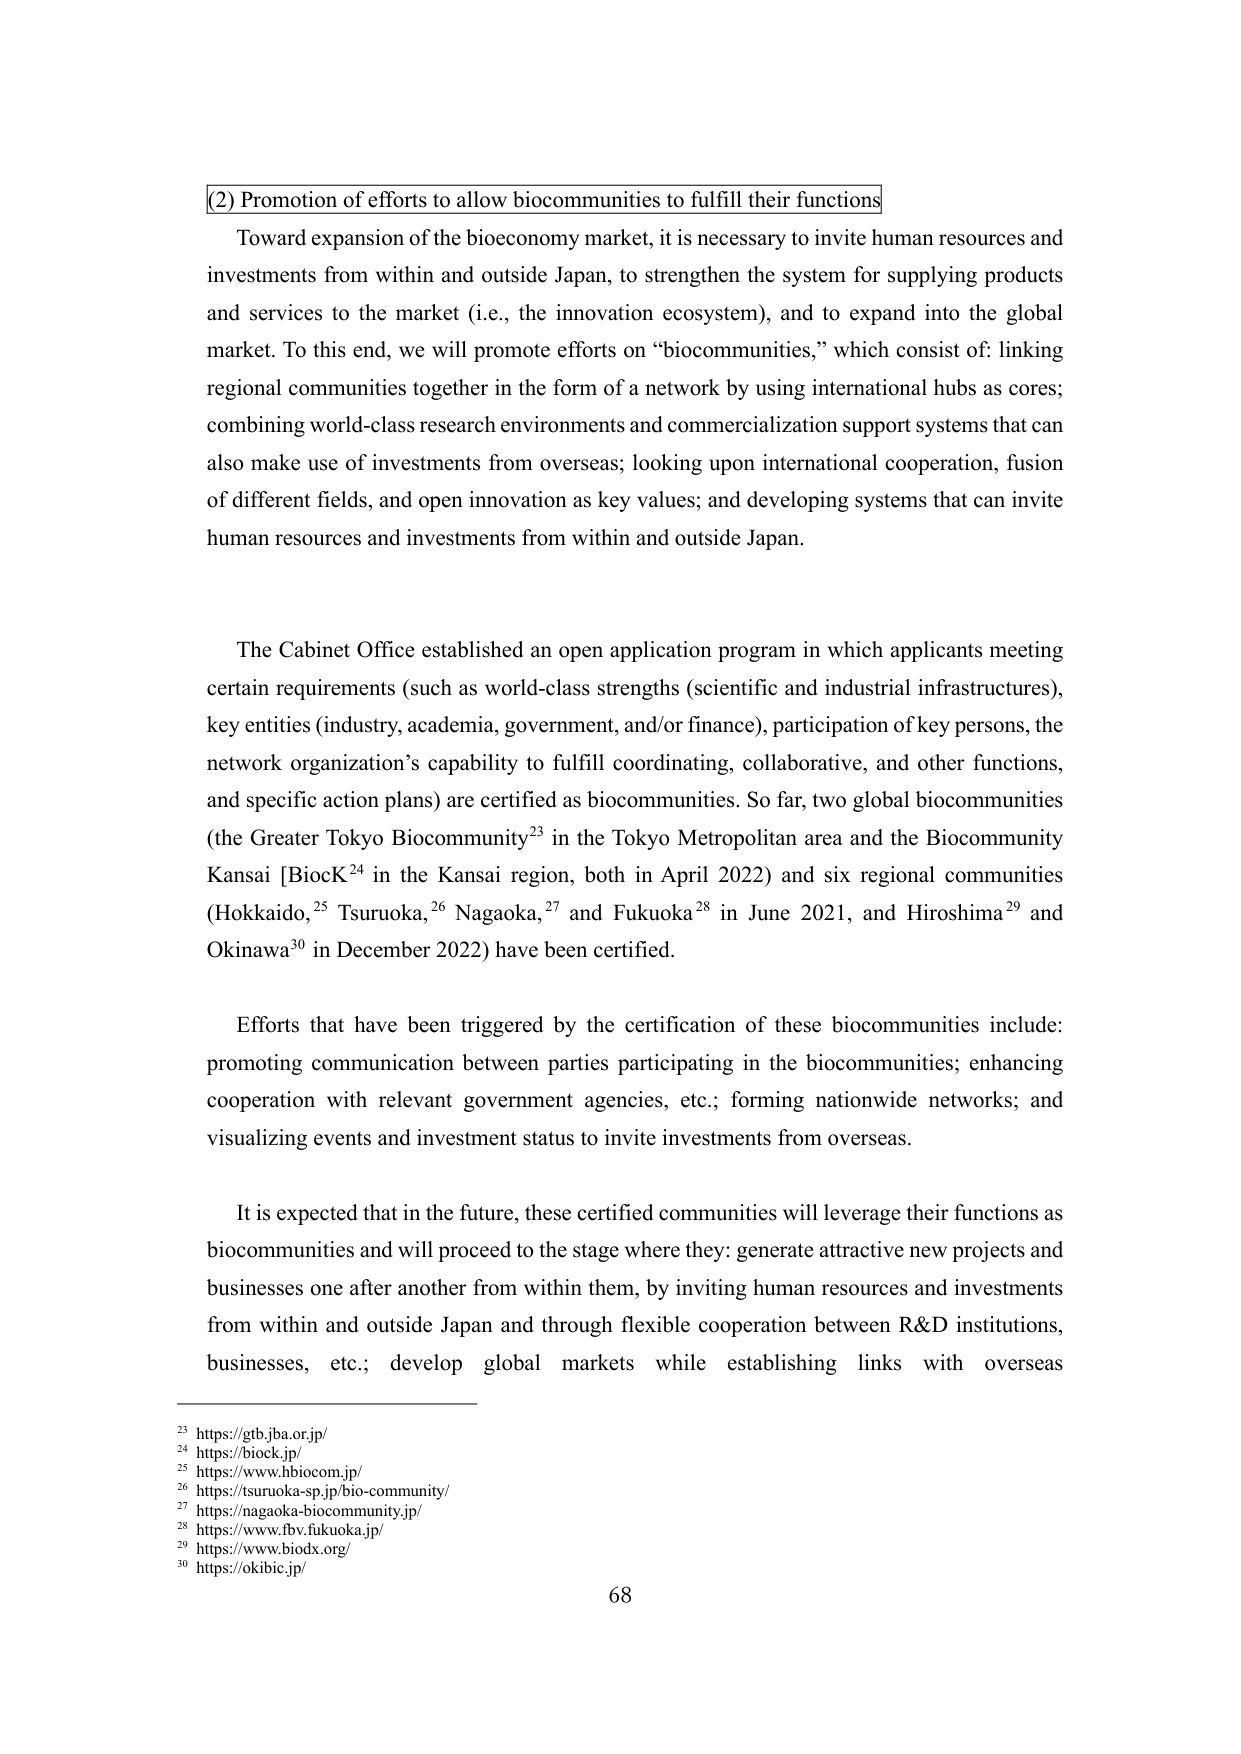
(2) Promotion of efforts to allow biocommunities to fulfill their functions

Toward expansion of the bioeconomy market, it is necessary to invite human resources and investments from within and outside Japan, to strengthen the system for supplying products and services to the market (i.e., the innovation ecosystem), and to expand into the global market. To this end, we will promote efforts on “biocommunities,” which consist of: linking regional communities together in the form of a network by using international hubs as cores; combining world-class research environments and commercialization support systems that can also make use of investments from overseas; looking upon international cooperation, fusion of different fields, and open innovation as key values; and developing systems that can invite human resources and investments from within and outside Japan.

The Cabinet Office established an open application program in which applicants meeting certain requirements (such as world-class strengths (scientific and industrial infrastructures), key entities (industry, academia, government, and/or finance), participation of key persons, the network organization’s capability to fulfill coordinating, collaborative, and other functions, and specific action plans) are certified as biocommunities. So far, two global biocommunities (the Greater Tokyo Biocommunity²³ in the Tokyo Metropolitan area and the Biocommunity Kansai [BioK²⁴ in the Kansai region, both in April 2022) and six regional communities (Hokkaido,²⁵ Tsuruoka,²⁶ Nagaoka,²⁷ and Fukuoka²⁸ in June 2021, and Hiroshima²⁹ and Okinawa³⁰ in December 2022) have been certified.

Efforts that have been triggered by the certification of these biocommunities include: promoting communication between parties participating in the biocommunities; enhancing cooperation with relevant government agencies, etc.; forming nationwide networks; and visualizing events and investment status to invite investments from overseas.

It is expected that in the future, these certified communities will leverage their functions as biocommunities and will proceed to the stage where they: generate attractive new projects and businesses one after another from within them, by inviting human resources and investments from within and outside Japan and through flexible cooperation between R&D institutions, businesses, etc.; develop global markets while establishing links with overseas

²³ https://gtb.jba.or.jp/
²⁴ https://biock.jp/
²⁵ https://www.hbiocom.jp/
²⁶ https://tsuruoka-sp.jp/bio-community/
²⁷ https://nagaoka-biocommunity.jp/
²⁸ https://www.fbv.fukuoka.jp/
²⁹ https://www.biodx.org/
³⁰ https://okibic.jp/

68